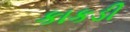
કાકડી